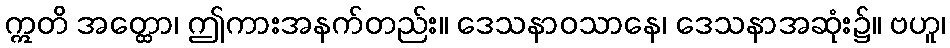
ဣတိ အတ္ထော၊ ဤကားအနက်တည်း။ ဒေသနာဝသာနေ၊ ဒေသနာအဆုံး၌။ ဗဟူ၊